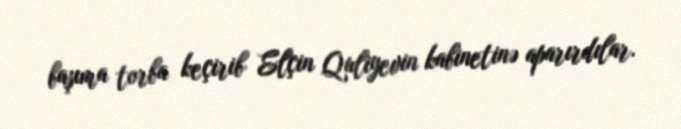
başıma torba keçirib Elçin Quliyevin kabinetinə aparırdılar.